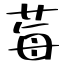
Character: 莓